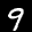
Label: 9